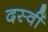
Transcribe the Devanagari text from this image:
दस्वीं